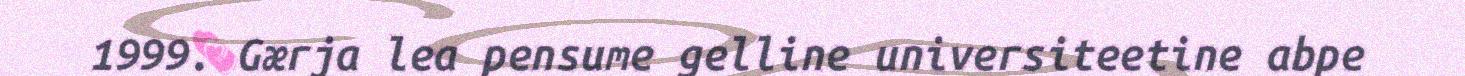
1999. Gærja lea pensume gelline universiteetine abpe